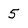
Character: 5